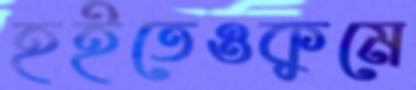
হইতেওকুমে